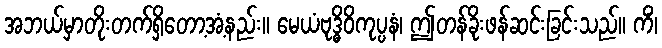
အဘယ်မှာတိုးတက်ရှိတော့အံ့နည်း။ မေယံဗုဒ္ဓိဝိကုပ္ပနံ၊ ဤတန်ခိုးဖန်ဆင်းခြင်းသည်။ ကိံ၊